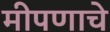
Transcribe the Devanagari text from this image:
मीपणाचे